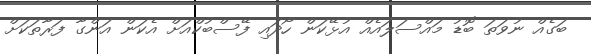
ބަގެއް ނުވަތަ ބޮޑު މައްސަލައެއް އުޅޭކަން ހޯދައި ފޭސްބުކްއަށް އެކަން އަންގާ ފަރާތަކަށް